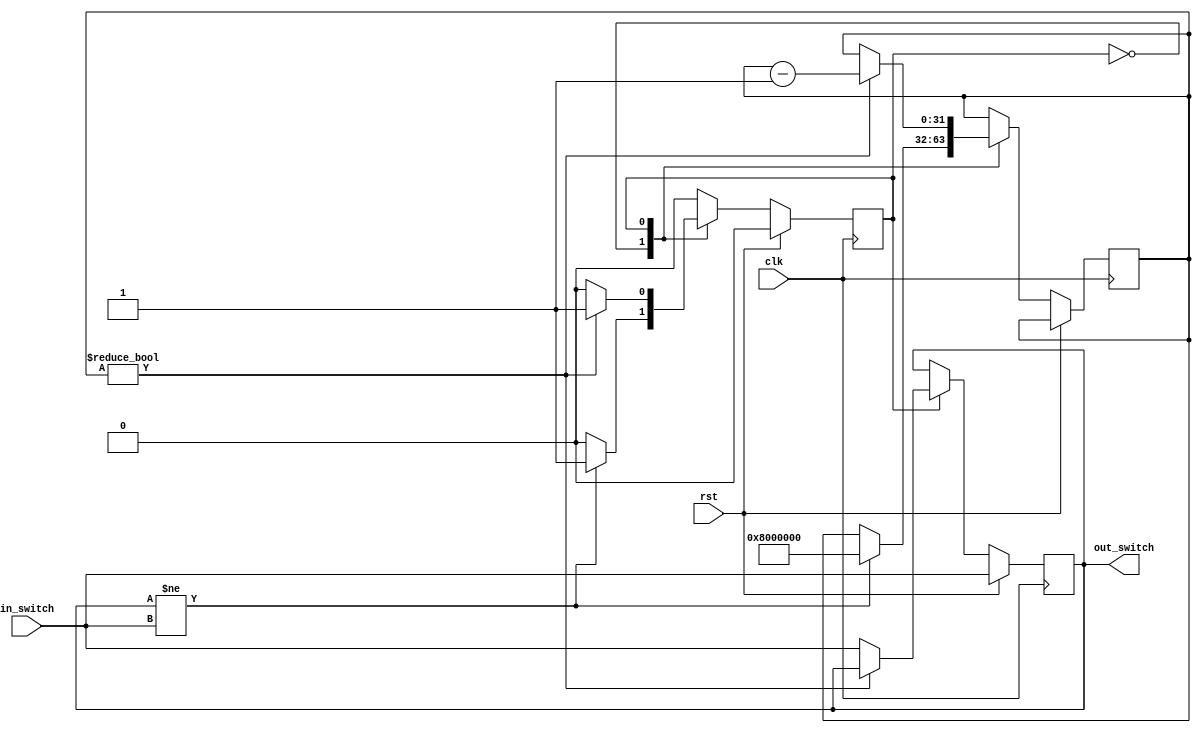
`timescale 1ns/10ps

module debouncer(
    clk, rst,
    in_switch, out_switch
  );

  parameter DELAY = 32'h08_00_00_00;

  input  clk, rst;
  input  in_switch;
  output out_switch;

  reg [31:0] counter;
  reg out_switch;

  reg state;

  always @(posedge clk) begin
    if (rst) begin
      state      <= 0;
      out_switch <= in_switch;
    end else begin
      case (state)
        0: begin
          if (out_switch != in_switch) begin
            state   <= 1;
            counter <= DELAY;
          end
        end
        1: begin
          if (counter) begin
            counter <= counter - 32'b1;
          end else begin
            out_switch <= in_switch;
            state <= 0;
          end
        end
      endcase
    end
  end

endmodule